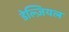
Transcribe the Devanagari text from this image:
डेल्ज़ियल